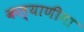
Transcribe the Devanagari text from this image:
कल्‍याणीमा